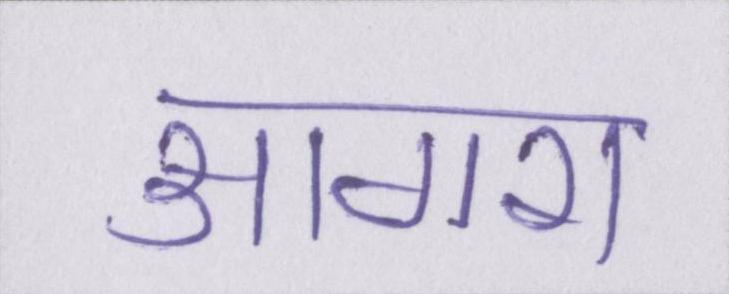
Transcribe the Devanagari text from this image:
आगरा